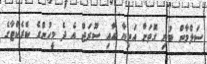
ސަލްމާން ބުނި ގޮތަށް އަތިޔާ އާއި ސޫރަޖް އެ ދެ މީހުންގެ ކެރެކްޓާގެ